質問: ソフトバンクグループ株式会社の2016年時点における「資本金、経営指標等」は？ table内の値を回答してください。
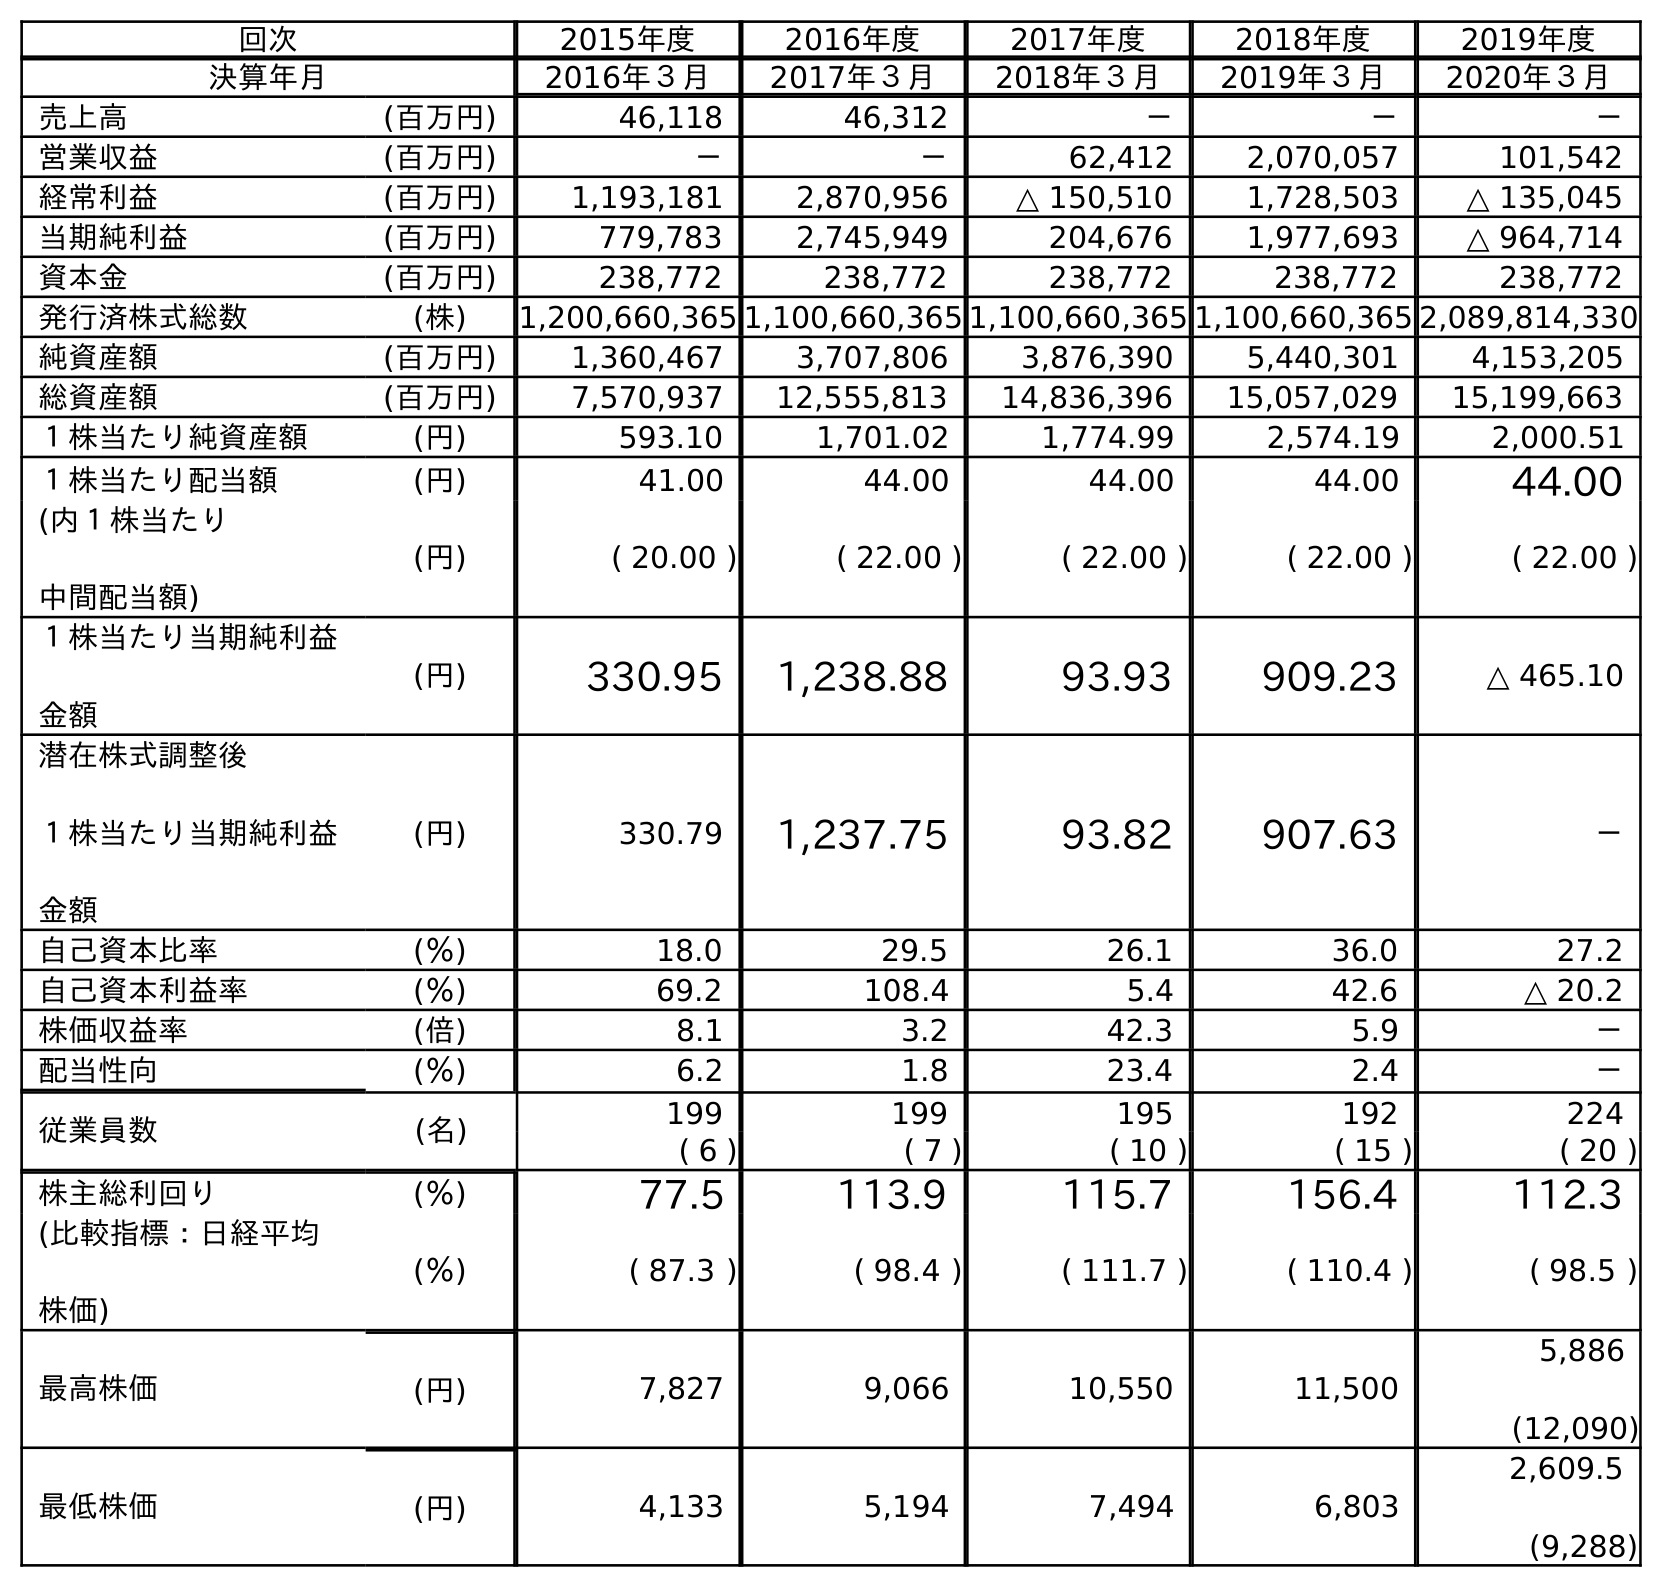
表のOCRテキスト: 回次 2015年度 2016年度 2017年度 2018年度 2019年度 決算年月 2016年３月 2017年３月 2018年３月 2019年３月 2020年３月 売上高 (百万円) 46,118 46,312 － － － 営業収益 (百万円) － － 62,412 2,070,057 101,542 経常利益 (百万円) 1,193,181 2,870,956 △ 150,510 1,728,503 △ 135,045 当期純利益 (百万円) 779,783 2,745,949 204,676 1,977,693 △ 964,714 資本金 (百万円) 238,772 238,772 238,772 238,772 238,772 発行済株式総数 (株) 1,200,660,365 1,100,660,365 1,100,660,365 1,100,660,365 2,089,814,330 純資産額 (百万円) 1,360,467 3,707,806 3,876,390 5,440,301 4,153,205 総資産額 (百万円) 7,570,937 12,555,813 14,836,396 15,057,029 15,199,663 １株当たり純資産額 (円) 593.10 1,701.02 1,774.99 2,574.19 2,000.51 １株当たり配当額 (円) 41.00 44.00 44.00 44.00 44.00 (内１株当たり 中間配当額) (円) ( 20.00 ) ( 22.00 ) ( 22.00 ) ( 22.00 ) ( 22.00 ) １株当たり当期純利益 金額 (円) 330.95 1,238.88 93.93 909.23 △ 465.10 潜在株式調整後 １株当たり当期純利益 金額 (円) 330.79 1,237.75 93.82 907.63 － 自己資本比率 (％) 18.0 29.5 26.1 36.0 27.2 自己資本利益率 (％) 69.2 108.4 5.4 42.6 △ 20.2 株価収益率 (倍) 8.1 3.2 42.3 5.9 － 配当性向 (％) 6.2 1.8 23.4 2.4 － 従業員数 (名) 199 199 195 192 224 ( 6 ) ( 7 ) ( 10 ) ( 15 ) ( 20 ) 株主総利回り (％) 77.5 113.9 115.7 156.4 112.3 (比較指標：日経平均 株価) (％) ( 87.3 ) ( 98.4 ) ( 111.7 ) ( 110.4 ) ( 98.5 ) 最高株価 (円) 7,827 9,066 10,550 11,500 5,886 (12,090) 最低株価 (円) 4,133 5,194 7,494 6,803 2,609.5 (9,288)
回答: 238,772